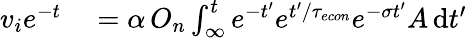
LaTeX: \begin{array}{rl}{v_{i}e^{-t}}&{{}=\alpha\, O_{n}\int_{\infty}^{t}e^{-t^{\prime}}e^{t^{\prime}/{\tau_{econ}}}e^{-\sigma t^{\prime}}A\, \mathrm{d}t^{\prime}}\end{array}